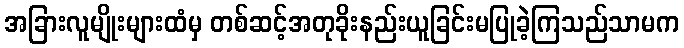
အခြားလူမျိုးများထံမှ တစ်ဆင့်အတုခိုးနည်းယူခြင်းမပြုခဲ့ကြသည်သာမက